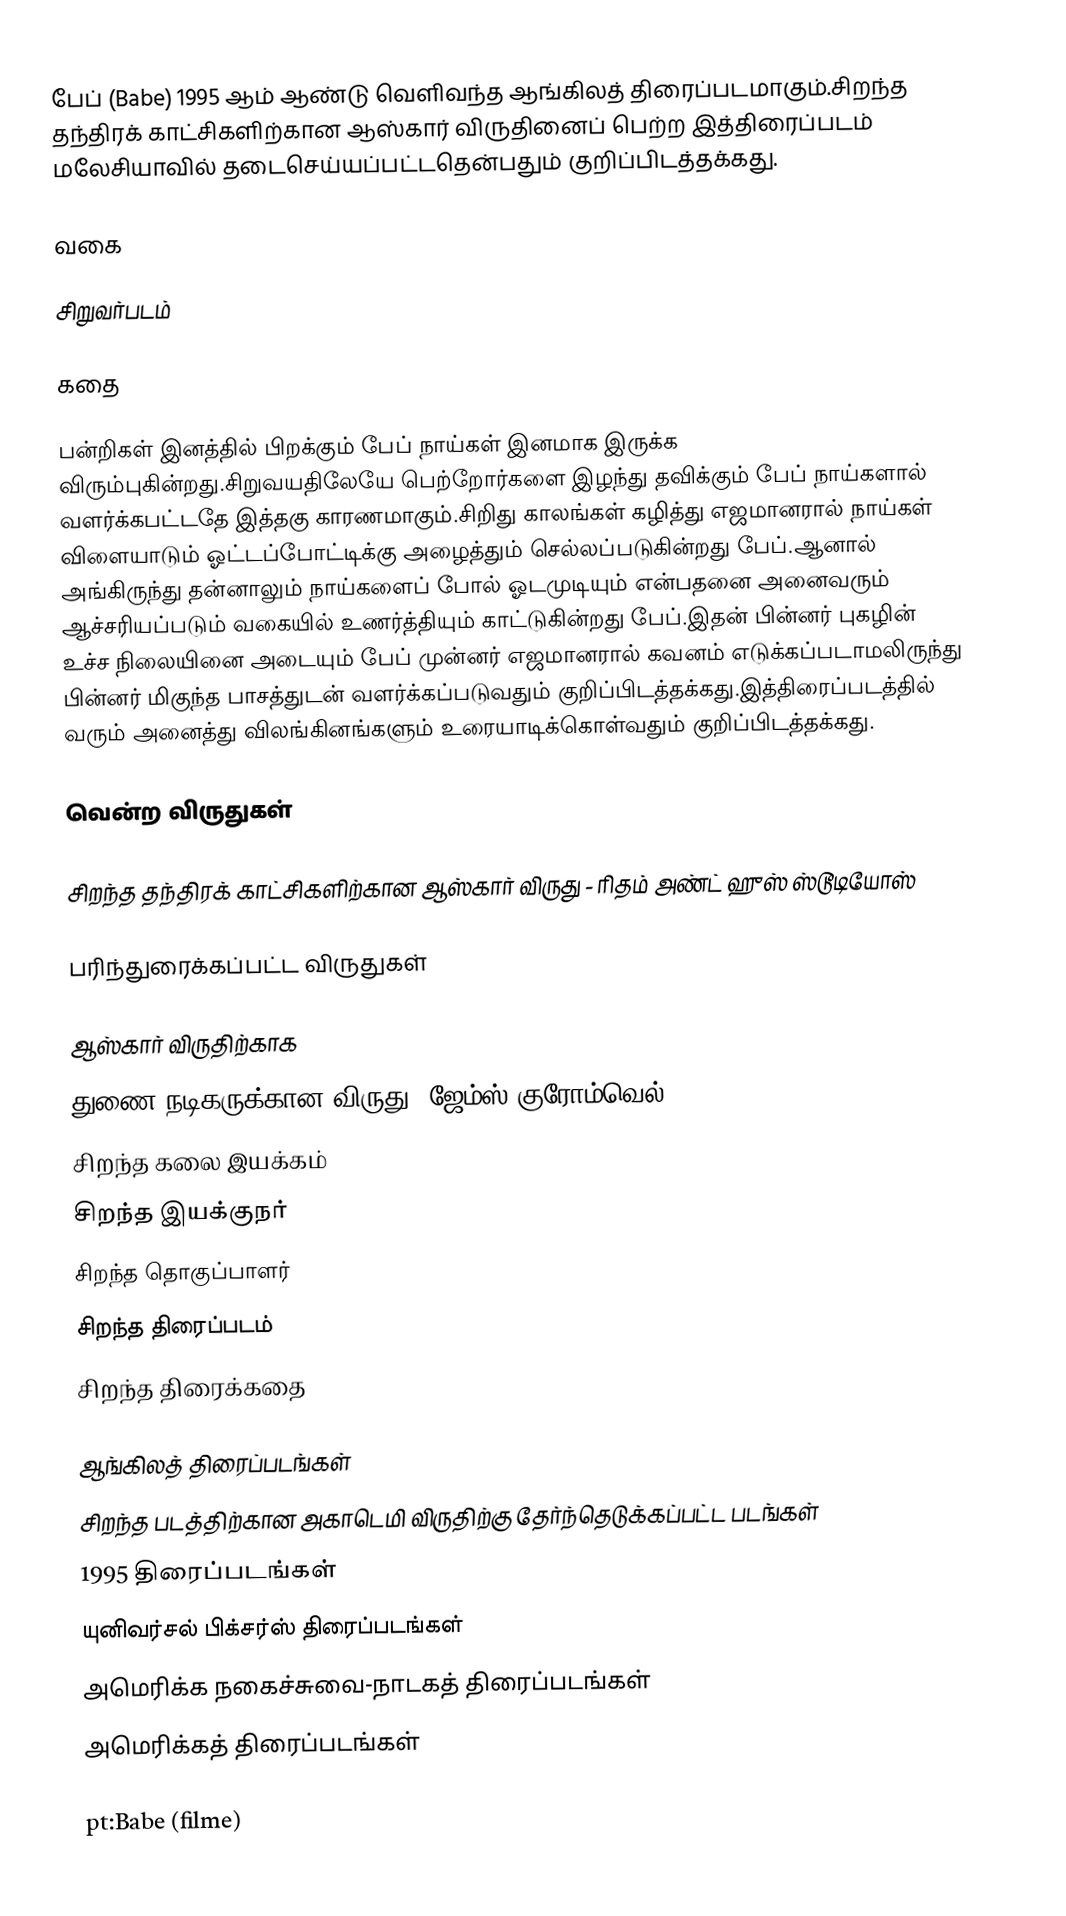
பேப் (Babe) 1995 ஆம் ஆண்டு வெளிவந்த ஆங்கிலத் திரைப்படமாகும்.சிறந்த தந்திரக் காட்சிகளிற்கான ஆஸ்கார் விருதினைப் பெற்ற இத்திரைப்படம் மலேசியாவில் தடைசெய்யப்பட்டதென்பதும் குறிப்பிடத்தக்கது.

வகை

சிறுவர்படம்

கதை

பன்றிகள் இனத்தில் பிறக்கும் பேப் நாய்கள் இனமாக இருக்க விரும்புகின்றது.சிறுவயதிலேயே பெற்றோர்களை இழந்து தவிக்கும் பேப் நாய்களால் வளர்க்கபட்டதே இத்தகு காரணமாகும்.சிறிது காலங்கள் கழித்து எஜமானரால் நாய்கள் விளையாடும் ஓட்டப்போட்டிக்கு அழைத்தும் செல்லப்படுகின்றது பேப்.ஆனால் அங்கிருந்து தன்னாலும் நாய்களைப் போல் ஓடமுடியும் என்பதனை அனைவரும் ஆச்சரியப்படும் வகையில் உணர்த்தியும் காட்டுகின்றது பேப்.இதன் பின்னர் புகழின் உச்ச நிலையினை அடையும் பேப் முன்னர் எஜமானரால் கவனம் எடுக்கப்படாமலிருந்து பின்னர் மிகுந்த பாசத்துடன் வளர்க்கப்படுவதும் குறிப்பிடத்தக்கது.இத்திரைப்படத்தில் வரும் அனைத்து விலங்கினங்களும் உரையாடிக்கொள்வதும் குறிப்பிடத்தக்கது.

வென்ற விருதுகள்

 சிறந்த தந்திரக் காட்சிகளிற்கான ஆஸ்கார் விருது - ரிதம் அண்ட் ஹுஸ் ஸ்டூடியோஸ்

பரிந்துரைக்கப்பட்ட விருதுகள்

ஆஸ்கார் விருதிற்காக
 துணை நடிகருக்கான விருது (ஜேம்ஸ் குரோம்வெல்)
 சிறந்த கலை இயக்கம்
 சிறந்த இயக்குநர்
 சிறந்த தொகுப்பாளர்
 சிறந்த திரைப்படம்
 சிறந்த திரைக்கதை

ஆங்கிலத் திரைப்படங்கள்
சிறந்த படத்திற்கான அகாடெமி விருதிற்கு தேர்ந்தெடுக்கப்பட்ட படங்கள்
1995 திரைப்படங்கள்
யுனிவர்சல் பிக்சர்ஸ் திரைப்படங்கள்
அமெரிக்க நகைச்சுவை-நாடகத் திரைப்படங்கள்
அமெரிக்கத் திரைப்படங்கள்

pt:Babe (filme)